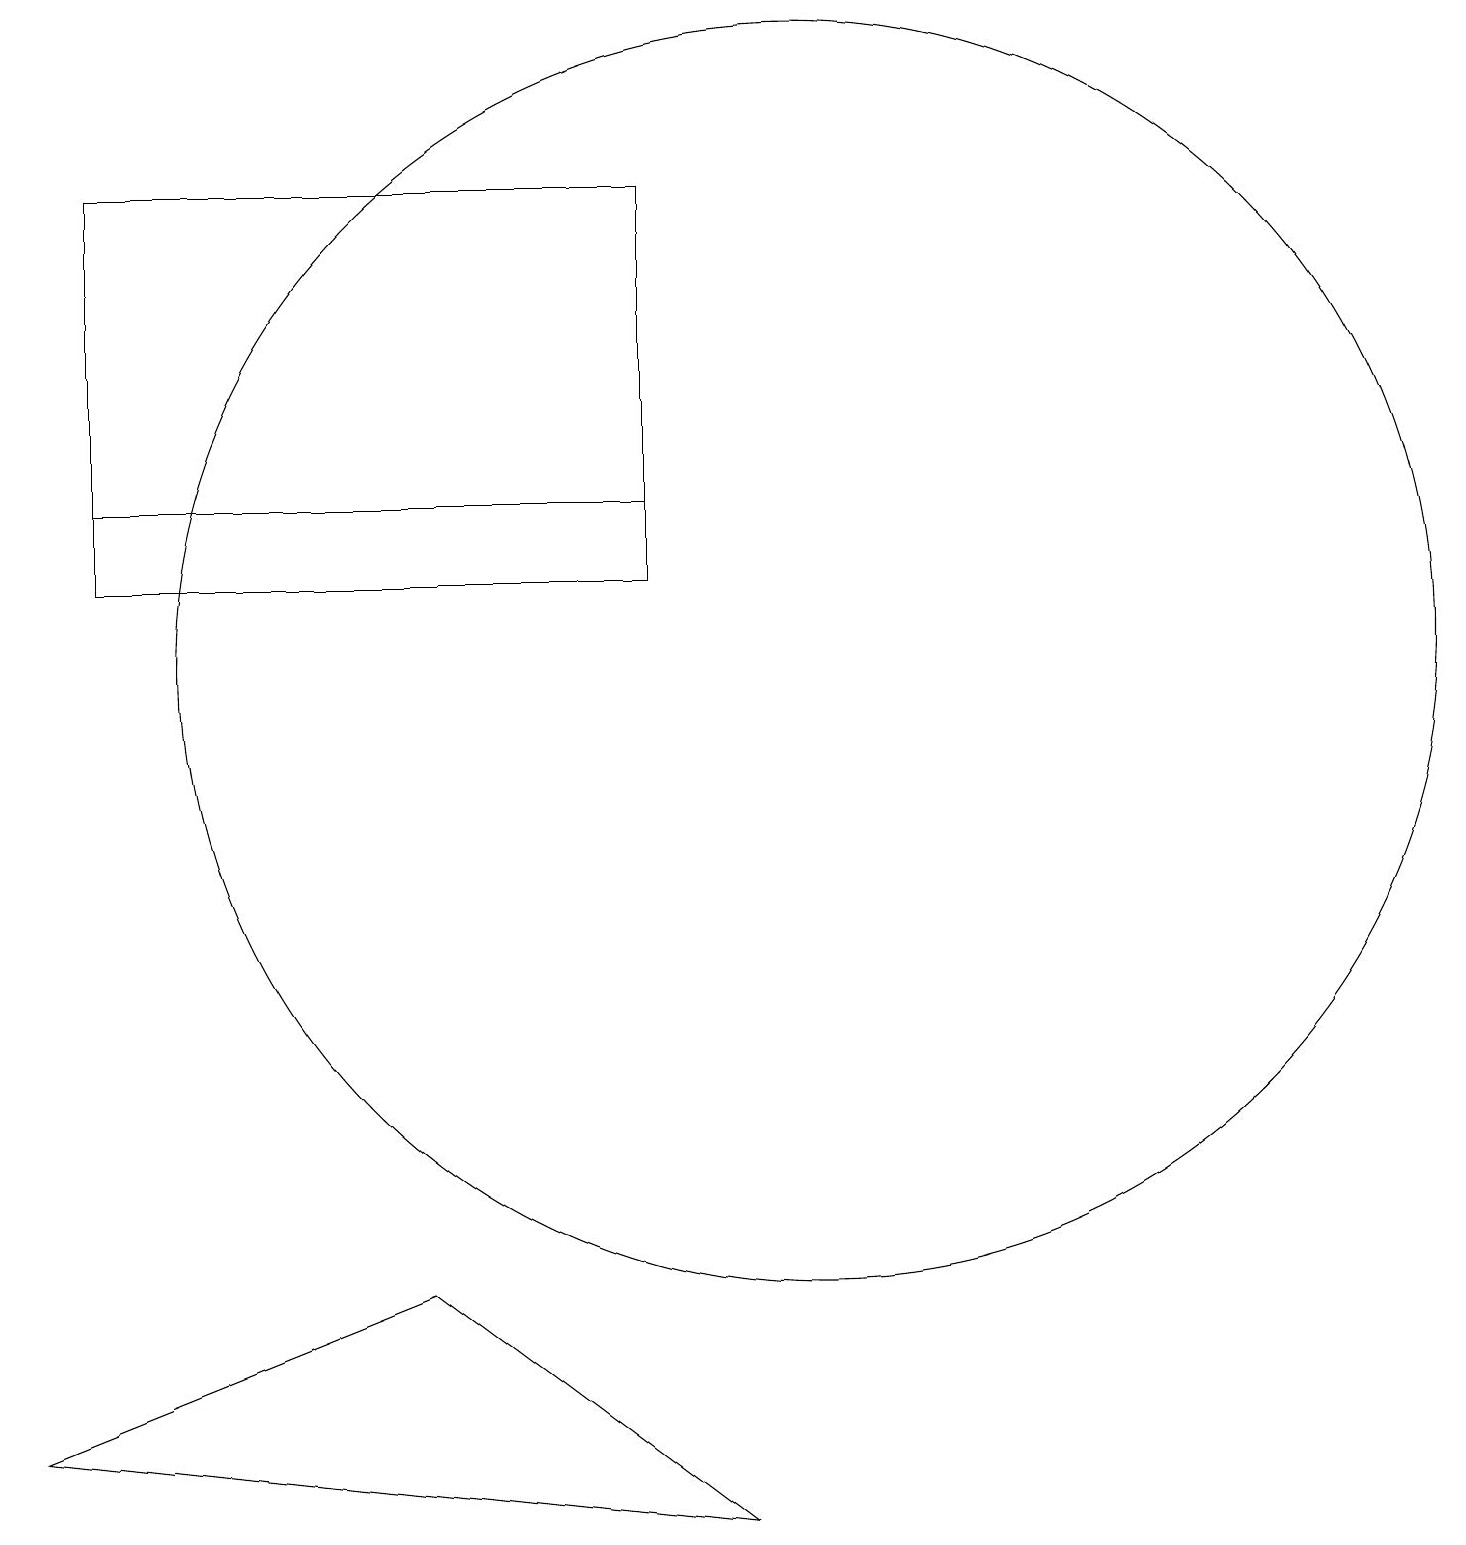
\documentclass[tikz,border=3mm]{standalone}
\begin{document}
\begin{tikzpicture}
\draw (9,0) -- (0,1) -- (5,3) -- cycle;
\draw (1,13) rectangle (8,17);
\draw (8,12) rectangle (1,13);
\draw (10,11) circle (8);
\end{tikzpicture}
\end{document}